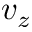
v _ { z }